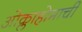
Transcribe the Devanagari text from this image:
ओक्लाहोमाची